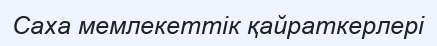
Саха мемлекеттік қайраткерлері